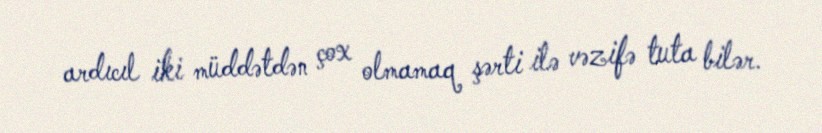
ardıcıl iki müddətdən çox olmamaq şərti ilə vəzifə tuta bilər.